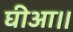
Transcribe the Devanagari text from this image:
घीआ।।